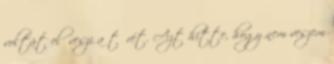
voltát előveszi a tőrét. Azt hitte, hogy nem veszem